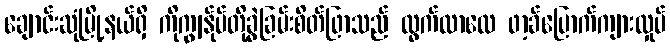
ချောင်းဆုံမြို့နယ်ရှိ ကိုကျွန်ုပ်တို့ခွဲခြမ်းစိတ်ဖြာသည် ထွက်လာလေ ဖာ့ခ်ပြောက်ကျားလှုပ်